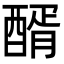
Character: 醑